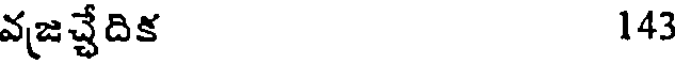
వజచ్చేదిక 143